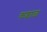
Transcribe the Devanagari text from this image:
कशाळ